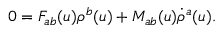
0 = F _ { a b } ( \mathfrak { u } ) \rho ^ { b } ( \mathfrak { u } ) + M _ { a b } ( \mathfrak { u } ) \dot { \rho } ^ { a } ( \mathfrak { u } ) .